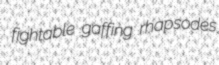
fightable gaffing rhapsodes